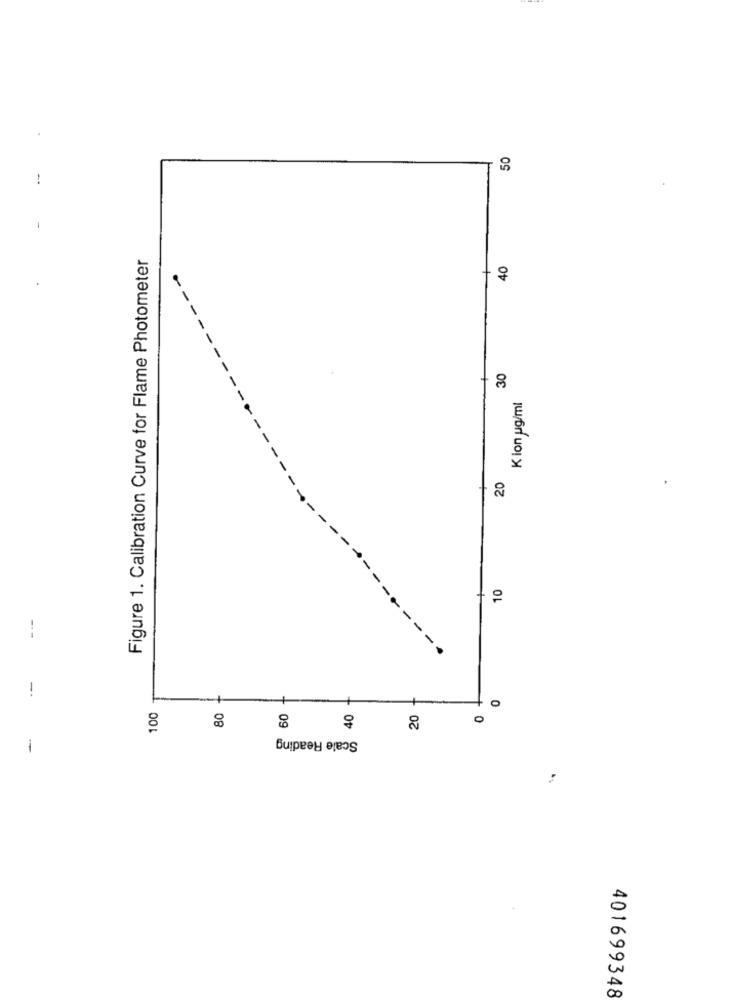
50
Figure 1. Calibration Curve for Flame Photometer
40
30
Kion ug/ml
20
-
-
--
10
---
---
0
100
80
60
40
20
0
-
Scale Reading
401699348